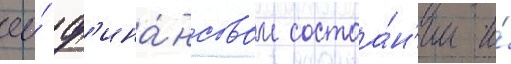
ео́ ф'ина́нсовом состоа́н'ии и́